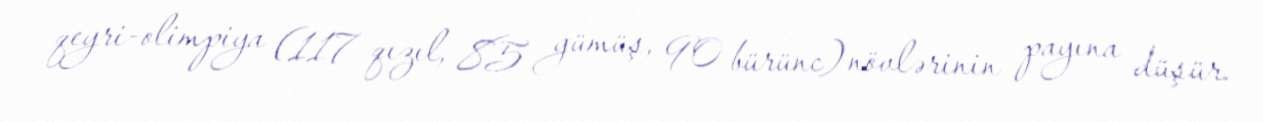
qeyri-olimpiya (117 qızıl, 85 gümüş, 90 bürünc) növlərinin payına düşür.